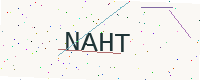
Text: NAHT